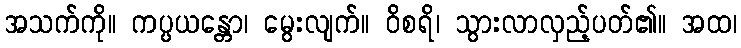
အသက်ကို။ ကပ္ပယန္တော၊ မွေးလျက်။ ဝိစရိ၊ သွားလာလှည့်ပတ်၏။ အထ၊